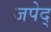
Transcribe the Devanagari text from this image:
जपेद्